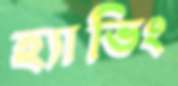
হ্যাভিং